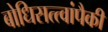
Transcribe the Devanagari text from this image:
बोधिसत्त्वांपैकी